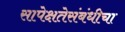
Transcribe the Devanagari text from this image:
सापेक्षतेसंबंधीचा